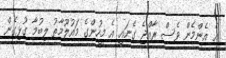
އެ އެންމެން ވެސް ރާއްޖެ ގެނައީ އެ މީހުންގެ މައުލޫމާތު ލިބުމާ ގުޅިގެން